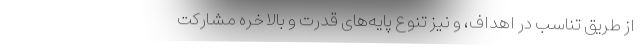
از طریق تناسب در اهداف، و نیز تنوع پایه‌های قدرت و بالاخره مشارکت